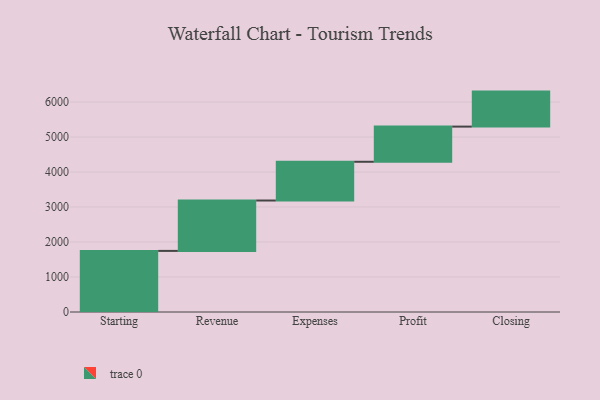
{"axis": {"x": "Step", "y": "Value"}, "legend": [""], "data": [{"x": "Starting", "y": 1746.0, "type": ""}, {"x": "Revenue", "y": 1440.0, "type": ""}, {"x": "Expenses", "y": 1107.0, "type": ""}, {"x": "Profit", "y": 1005.0, "type": ""}, {"x": "Closing", "y": 1000, "type": ""}]}